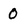
Character: 0